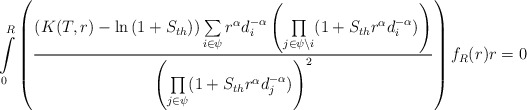
\begin{align*}\int\limits_{0}^{R}\left(\frac{\left(K(T,r)-\ln{(1+S_{th})}\right)\sum\limits_{i\in \psi}r^\alpha d_i^{-\alpha}\left ( \underset{j \in \psi\setminus i}\prod{(1+S_{th} r^\alpha d_i^{-\alpha}})\right)}{\left(\underset{j \in \psi}\prod{(1+S_{th} r^\alpha d_j^{-\alpha})}\right)^2}\right)f_R(r)r=0\end{align*}